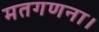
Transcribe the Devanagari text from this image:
मतगणना।